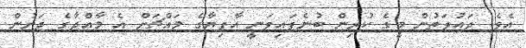
އެވެ. ދައުލަތުން މީގެ ކުރިން ބުނެފައިވަނީ އާފިޔާގެ މައްޗަށް އެ މާއްދާގެ ދަށުން